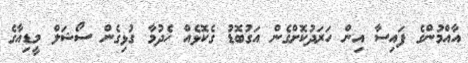
އާއްމުންގެ ފައިސާ އިން ހަރަދުކޮށްގެން އަގުބޮޑު ގެކޮޅެއް ހެދުމާ ގުޅިގެން ސޯޝަލް މީޑިއާގެ